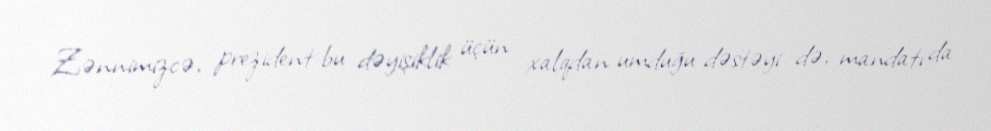
Zənnimizcə, prezident bu dəyişiklik üçün xalqdan umduğu dəstəyi də, mandatı da